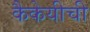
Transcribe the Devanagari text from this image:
कैकेयीची